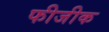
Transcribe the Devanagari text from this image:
फीजीक